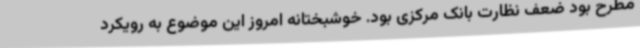
مطرح بود ضعف نظارت بانک مرکزی بود. خوشبختانه امروز این موضوع به رویکرد